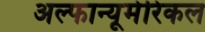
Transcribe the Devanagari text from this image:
अल्फान्यूमेरिकल